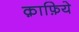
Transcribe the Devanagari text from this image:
क़ाफ़िये